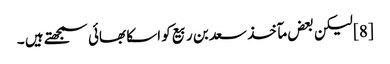
[8] لیکن بعض مآخذ سعد بن ربیع کو اسکا بھائی سمجھتے ہیں ۔